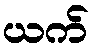
ယက်